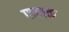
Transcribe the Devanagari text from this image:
फटाक